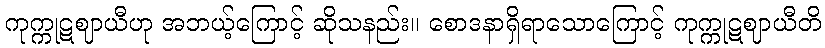
ကုက္ကုဋဈာယီဟု အဘယ့်ကြောင့် ဆိုသနည်း။ စောဒနာရှိရာသောကြောင့် ကုက္ကုဋဈာယီတိ